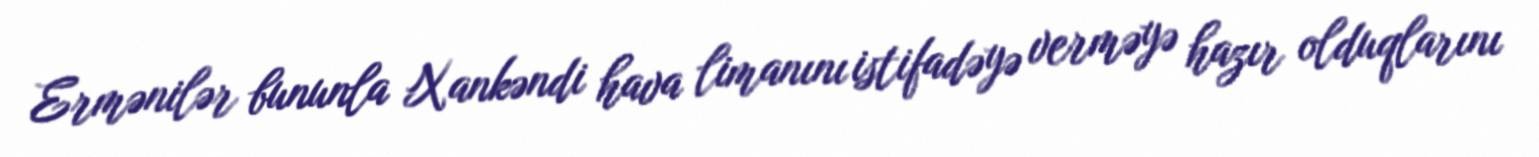
Ermənilər bununla Xankəndi hava limanını istifadəyə verməyə hazır olduqlarını